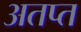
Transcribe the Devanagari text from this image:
अतप्त